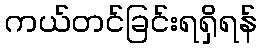
ကယ်တင်ခြင်းရရှိရန်